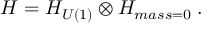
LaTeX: { \cal H } = { \cal H } _ { U ( 1 ) } \otimes { \cal H } _ { m a s s = 0 } \; .